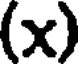
(x)